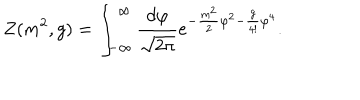
LaTeX: Z ( m ^ { 2 } , g ) = \int _ { - \infty } ^ { \infty } \frac { d \varphi } { \sqrt { 2 \pi } } e ^ { - \frac { m ^ { 2 } } { 2 } \varphi ^ { 2 } - \frac { g } { 4 ! } \varphi ^ { 4 } } .